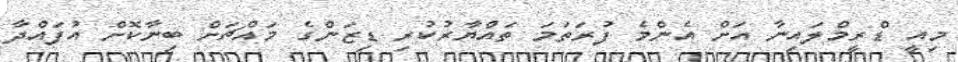
މިއީ ޑްރީމްލައިނާ އަށް އެންމެ ފުރަތަމަ ތައްޔާރުކުރި ޑިޒަންގެ މައްޗަށް ބިނާކޮށް އުފައްދާ